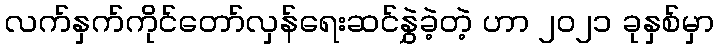
လက်နှက်ကိုင်တော်လှန်ရေးဆင်နွှဲခဲ့တဲ့ ဟာ ၂၀၂၁ ခုနှစ်မှာ